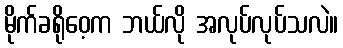
မိုက်ခရိုဝေ့က ဘယ်လို အလုပ်လုပ်သလဲ။